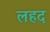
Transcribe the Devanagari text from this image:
लहद